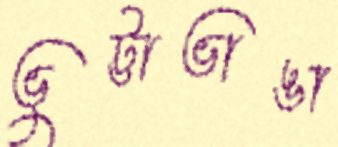
ভুট্টাভাঙা